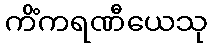
ကိံကရဏီယေသု